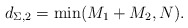
\begin{align*} d_{\Sigma,2}=\min(M_1+M_2,N).\end{align*}